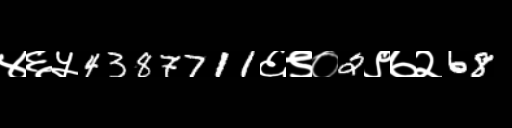
Text: ४६५4387711६९०2९७२68